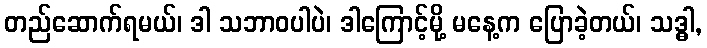
တည်ဆောက်ရမယ်၊ ဒါ သဘာဝပါပဲ၊ ဒါကြောင့်မို့ မနေ့က ပြောခဲ့တယ်၊ သဒ္ဓါ,